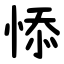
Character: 悿